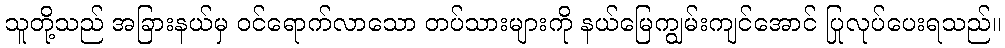
သူတို့သည် အခြားနယ်မှ ဝင်ရောက်လာသော တပ်သားများကို နယ်မြေကျွမ်းကျင်အောင် ပြုလုပ်ပေးရသည်။